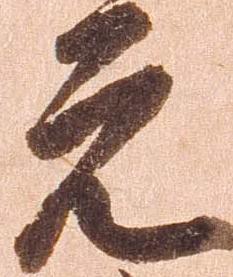
元